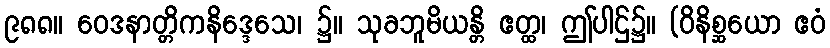
၉၈၈။ ဝေဒနာတ္တိကနိဒ္ဒေသေ၊ ၌။ သုခဘူမိယန္တိ ဧတ္ထ၊ ဤပါဌ်၌။ (ဝိနိစ္ဆယော ဧဝံ